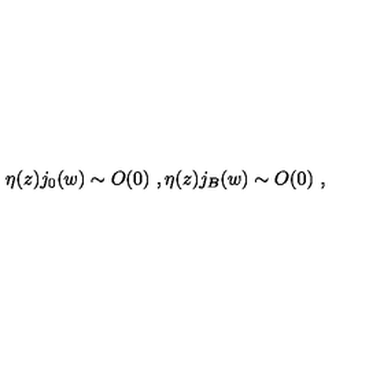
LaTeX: \eta ( z ) j _ { 0 } ( w ) \sim O ( 0 ) \ , \eta ( z ) j _ { B } ( w ) \sim O ( 0 ) \ ,